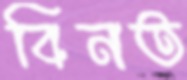
বিনত